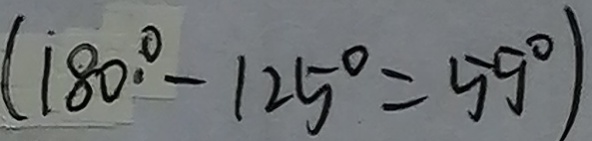
( 1 8 0 ^ { \circ } - 1 2 5 ^ { \circ } = 5 9 ^ { \circ } )